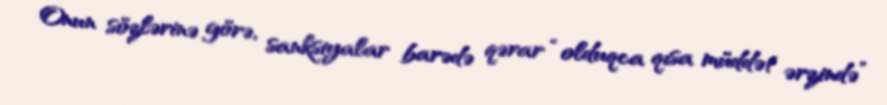
Onun sözlərinə görə, sanksiyalar barədə qərar “olduqca qısa müddət ərzində”